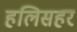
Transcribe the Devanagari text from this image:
हलिसहर